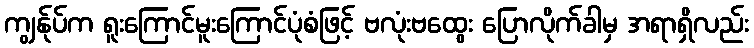
ကျွန်ုပ်က ရူးကြောင်မူးကြောင်ပုံစံဖြင့် ဗလုံးဗထွေး ပြောလိုက်ခါမှ အရာရှိလည်း